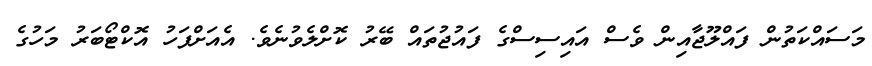
މަސައްކަތުން ފައްލޫޖާއިން ވެސް އައިސިސްގެ ފައުޖުތައް ބޭރު ކޮށްލެވުނެވެ. އެއަށްފަހު އޮކްޓޯބަރު މަހުގެ